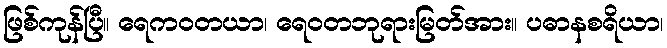
ဖြစ်ကုန်ပြီ။ ရေကဝတယာ၊ ရေဝတဘုရားမြတ်အား။ ပဓာနစရိယာ၊